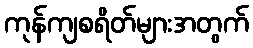
ကုန်ကျစရိတ်များအတွက်